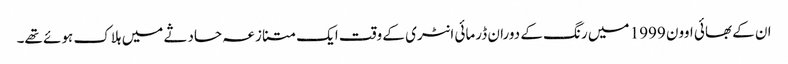
ان کے بھائی اوون 1999 میں رنگ کے دوران ڈرمائی انٹری کے وقت ایک متنازعہ حادثے میں ہلاک ہوئے تھے۔